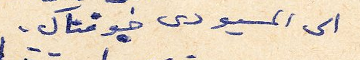
الى المسيو دى جوفنال